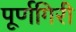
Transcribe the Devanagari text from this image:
पूर्णगिरी